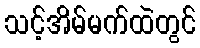
သင့်အိမ်မက်ထဲတွင်